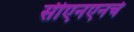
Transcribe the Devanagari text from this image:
सीएनएनचे